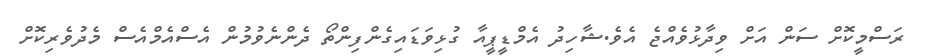
ރަސްމީކޮށް ސަން އަށް ވިދާޅުވެއްޖެ އެވެ.ޝާހިދު އެމްޑީޕީއާ ގުޅިވަޑައިގެންފިންތޯ ދެންނެވުމުން އެސްއެމްއެސް މެދުވެރިކޮށް